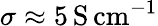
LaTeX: \sigma\approx 5\, \mathrm{S\, cm^{-1}}